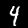
Digit: 4